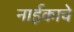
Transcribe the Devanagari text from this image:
नाईकाचे